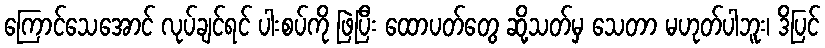
ကြောင်သေအောင် လုပ်ချင်ရင် ပါးစပ်ကို ဖြဲပြီး ထောပတ်တွေ ဆို့သတ်မှ သေတာ မဟုတ်ပါဘူး၊ ဒိပြင်